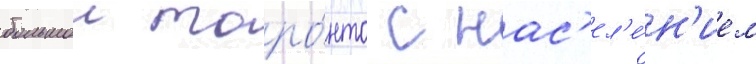
большои торо́нто с нас'ел'е́н'ием